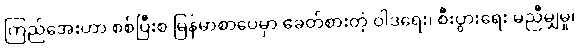
ကြည်အေးဟာ စစ်ပြီးစ မြန်မာစာပေမှာ ခေတ်စားတဲ့ ဝါဒရေး၊ စီးပွားရေး မညီမျှမှု၊